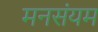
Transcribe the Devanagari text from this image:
मनसंयम